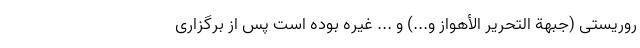
روریستی (جبهة التحریر الأهواز و...) و ... غیره بوده است پس از برگزاری